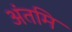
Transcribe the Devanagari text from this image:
अंतमि